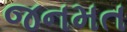
જનમત